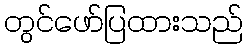
တွင်ဖော်ပြထားသည်